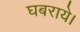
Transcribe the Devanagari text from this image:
घबराये।